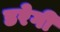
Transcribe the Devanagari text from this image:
डरेगी